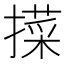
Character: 𢵛